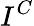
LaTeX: I^{C}